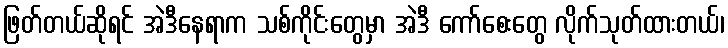
ဖြတ်တယ်ဆိုရင် အဲဒီနေရာက သစ်ကိုင်းတွေမှာ အဲဒီ ကော်စေးတွေ လိုက်သုတ်ထားတယ်၊